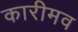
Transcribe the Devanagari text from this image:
कारीमव